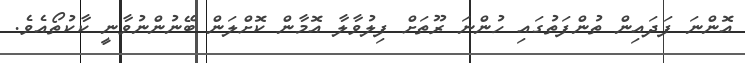
އޮންނަ ފަދައިން ތުންފަތުގައި ހުންނަ ރޫތަށް ފިލުވާލާ އޮމާން ކޮށްލަން ބޭނުންނުވާނީ ކާކުތޯއެވެ.